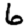
Digit: 6